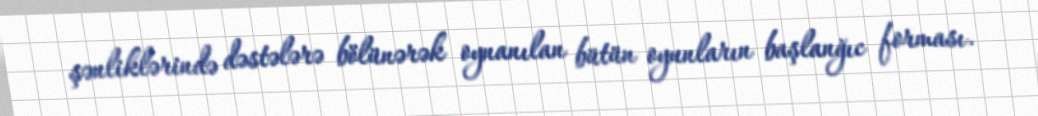
şənliklərində dəstələrə bölünərək oynanılan bütün oyunların başlanğıc forması.